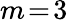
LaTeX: m\! =\! 3